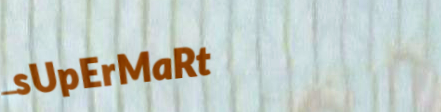
sUpErMaRt